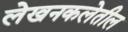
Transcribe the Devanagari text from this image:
लेखनकलेतील